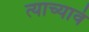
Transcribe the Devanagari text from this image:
त्याच्यावं